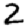
Digit: 2